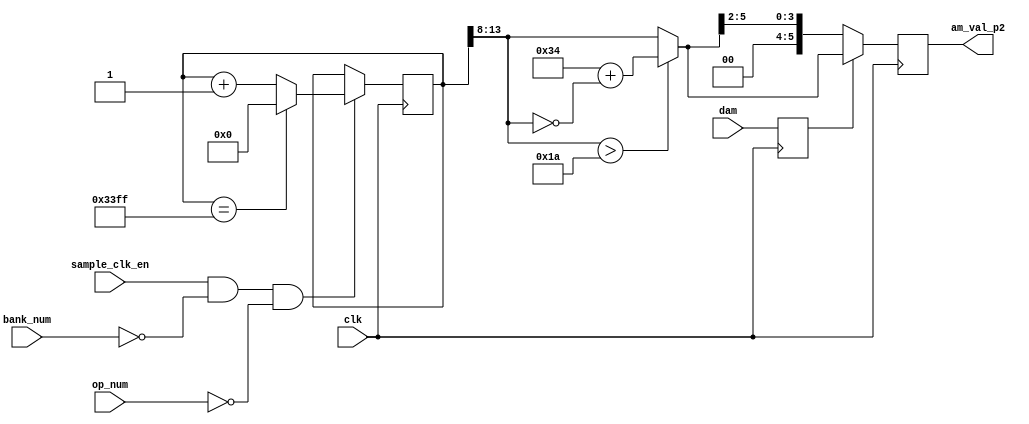
`default_nettype none
module tremolo (
	clk,
	sample_clk_en,
	bank_num,
	op_num,
	dam,
	am_val_p2
);
	reg _sv2v_0;
	input wire clk;
	input wire sample_clk_en;
	localparam opl3_pkg_NUM_BANKS = 2;
	localparam opl3_pkg_BANK_NUM_WIDTH = 1;
	input wire [0:0] bank_num;
	localparam opl3_pkg_NUM_OPERATORS_PER_BANK = 18;
	localparam opl3_pkg_OP_NUM_WIDTH = 5;
	input wire [4:0] op_num;
	input wire dam;
	localparam opl3_pkg_TREMOLO_MAX_COUNT = 13312;
	localparam opl3_pkg_TREMOLO_INDEX_WIDTH = 14;
	localparam opl3_pkg_AM_VAL_WIDTH = 6;
	output reg [5:0] am_val_p2 = 0;
	localparam PIPELINE_DELAY = 2;
	reg [13:0] tremolo_index_p1 = 1'sb0;
	reg [5:0] am_val_tmp0_p1;
	reg [5:0] am_val_tmp1_p1;
	reg dam_p1 = 0;
	always @(posedge clk)
		if ((sample_clk_en && (bank_num == 0)) && (op_num == 0)) begin
			if (tremolo_index_p1 == 13311)
				tremolo_index_p1 <= 0;
			else
				tremolo_index_p1 <= tremolo_index_p1 + 1;
		end
	always @(*) begin
		if (_sv2v_0)
			;
		am_val_tmp0_p1 = tremolo_index_p1 >> 8;
	end
	always @(*) begin
		if (_sv2v_0)
			;
		if (am_val_tmp0_p1 > 26)
			am_val_tmp1_p1 = 52 + ~am_val_tmp0_p1;
		else
			am_val_tmp1_p1 = am_val_tmp0_p1;
	end
	always @(posedge clk) begin
		dam_p1 <= dam;
		if (dam_p1)
			am_val_p2 <= am_val_tmp1_p1;
		else
			am_val_p2 <= am_val_tmp1_p1 >> 2;
	end
	initial _sv2v_0 = 0;
endmodule
`default_nettype wire